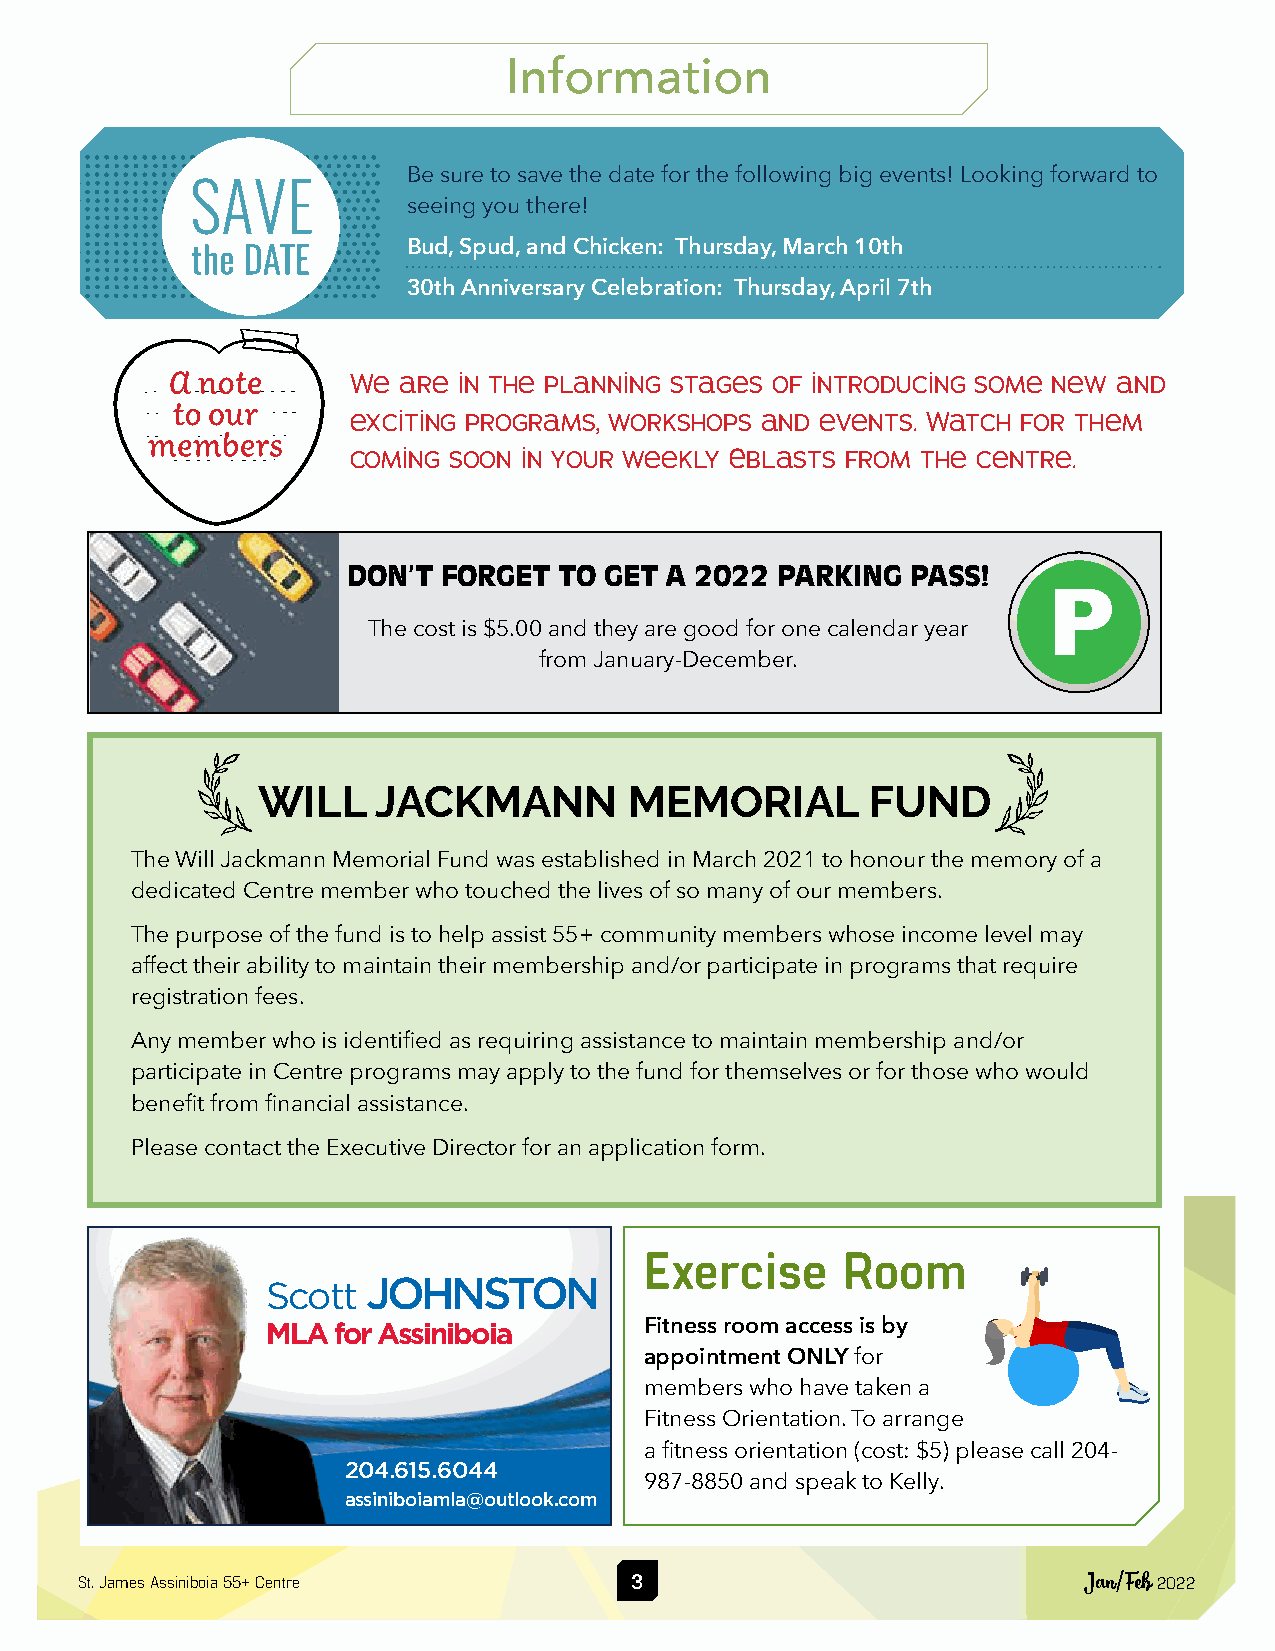
Information
 Be sure to save the date for the following big events! Looking forward to
 seeing you there!
 Bud, Spud, and Chicken: Thursday, March 10th
 30th Anniversary Celebration: Thursday, April 7th
 A note      We are in the planning stages of introducing some new and
 to our
 exciting programs, workshops and events. Watch for them
 members
 coming soon in your weekly Eblasts from the centre.
 DON’T FORGET  TO GET A 2022 PARKING  PASS!
 The cost is $5.00 and they are good for one calendar year
 from January-December.
 c
 WILL    JACKMANN         MEMORIAL        FUND
 The Will Jackmann Memorial Fund was established in March 2021 to honour the memory of a
 dedicated Centre member who touched the lives of so many of our members.
 The purpose of the fund is to help assist 55+ community members whose income level may
 affect their ability to maintain their membership and/or participate in programs that require
 registration fees.
 Any member who is identified as requiring assistance to maintain membership and/or
 participate in Centre programs may apply to the fund for themselves or for those who would
 benefit from financial assistance.
 Please contact the Executive Director for an application form.
 Exercise     Room
 Scott JOHNSTON
 MLA for Assiniboia       Fitness room access is by
 appointment ONLY for
 members who have taken a
 Fitness Orientation. To arrange
 a fitness orientation (cost: $5) please call 204-
 204.615.6044
 987-8850 and speak to Kelly.
 assiniboiamla@outlook.com
 St. James Assiniboia 55+ Centre      3                             Jan/Feb 2022
 c